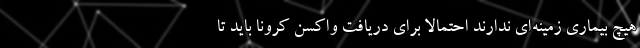
هیچ بیماری زمینه‌ای ندارند احتمالاً برای دریافت واکسن کرونا باید تا